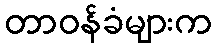
တာဝန်ခံများက